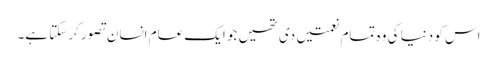
اس کو دنیا کی وہ تمام نعمتیں دی تھیں جو ایک عام انسان تصور کر سکتا ہے۔